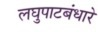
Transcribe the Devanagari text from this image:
लघुपाटबंधारे